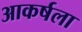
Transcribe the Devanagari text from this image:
आकर्षला